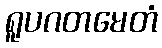
ရူပဂတမေတံ